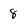
Character: 8